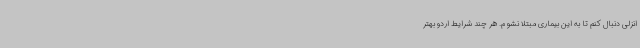
انزلی دنبال کنم تا به این بیماری مبتلا نشوم. هر چند شرایط اردو بهتر